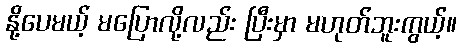
နို့ပေမယ့် မပြောလို့လည်း ပြီးမှာ မဟုတ်ဘူးကွယ့်။